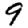
Digit: 9